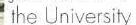
vthe University